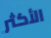
الأكثر